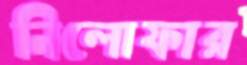
নিলোফার